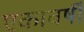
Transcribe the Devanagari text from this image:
एकावर्षी